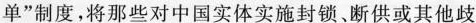
单”制度，将那些对中国实体实施封锁、断供或其他歧